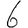
Digit: 6